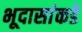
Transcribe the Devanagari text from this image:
भूदासांकडे